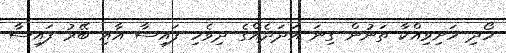
ހޯދި ހަށިވިއްކާ ތަނުން ގިނަ އަދަދެއްގެ ދިވެހި ފައިސާ އާއި ބޭރު ފައިސާ